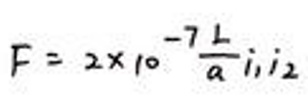
$F = 2\times10^{-7}\frac{L}{a}i_1i_2$